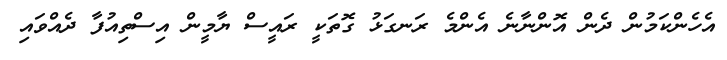
އެހެންކަމުން ދެން އޮންނާނެ އެންމެ ރަނގަޅު ގޮތަކީ ރައީސް ޔާމީން އިސްތިއުފާ ދެއްވައި